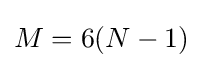
M=6(N-1)